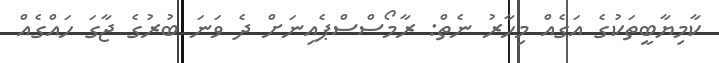
ކާމިޔާބީތަކުގެ އަގެއް މިހާރު ނެތް: ރާމޯސްސްޕެއިނަށް ދެ ވަނަ ބުރުގެ ޖާގަ ހައްގެއް